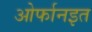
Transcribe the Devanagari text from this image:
ओर्फानइत